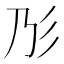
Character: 𢒁